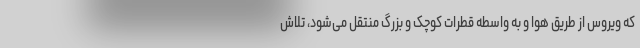
که ویروس از طریق هوا و به واسطه قطرات کوچک و بزرگ منتقل می‌شود، تلاش